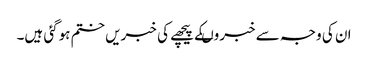
ان کی وجہ سے خبروںکے پیچھے کی خبریں ختم ہوگئی ہیں۔